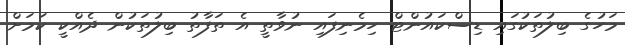
މަހުގެ ބިލުތަކުގައި ޑިސްކައުންޓް ހިމެނިފައި ނުވާތީ އެ ތަފާތު ބިލުތަކުން ދެއްކީ ކަމަށް